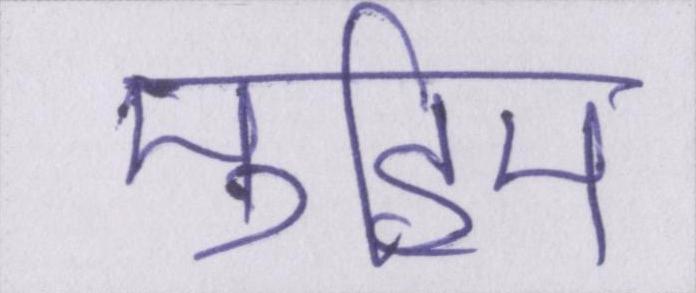
मुहिम